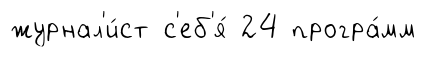
журнал'и́ст с'еб'я́ 24 програ́мм